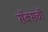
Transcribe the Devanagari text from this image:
सॅक्सची